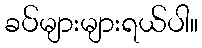
ခပ်များများရယ်ပါ။